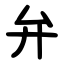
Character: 弁